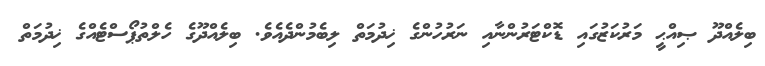
ބިލެއްދޫ ޞިއްޙީ މަރުކަޒުގައި ޑޮކްޓަރުންނާއި ނަރުހުންގެ ޚިދުމަތް ލިބެމުންދެއެވެ. ބިލެއްދޫގެ ހެލްތުޕޯސްޓެއްގެ ޚިދުމަތް